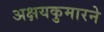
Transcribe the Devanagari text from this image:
अक्षयकुमारने